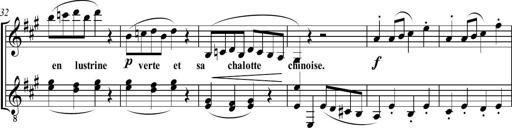
Title: Sonatine bureaucratique
Composer: Erik Satie